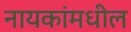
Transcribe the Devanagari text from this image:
नायकांमधील